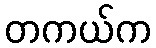
တကယ်က